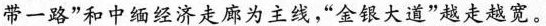
带一路”和中缅经济走廊为主线，”金银大道”越走越宽。